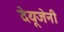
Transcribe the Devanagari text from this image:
देयूजेनी